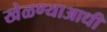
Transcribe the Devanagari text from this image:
खेळण्याआधी